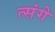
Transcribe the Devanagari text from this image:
त्संगे